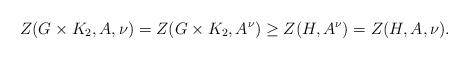
LaTeX: \begin{align*}Z(G\times K_2,A,\nu)=Z(G\times K_2,A^{\nu})\geq Z(H,A^{\nu})=Z(H,A,\nu).\end{align*}